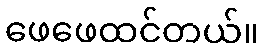
ဖေဖေထင်တယ်။